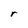
Character: r